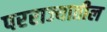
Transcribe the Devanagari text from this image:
परराज्यातील